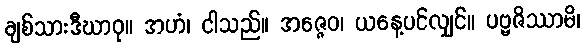
ချစ်သားဒီဃာဝု။ အဟံ၊ ငါသည်။ အဇ္ဇေဝ၊ ယနေ့ပင်လျှင်။ ပဗ္ဗဇိဿာမိ၊